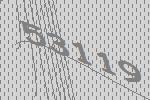
53119